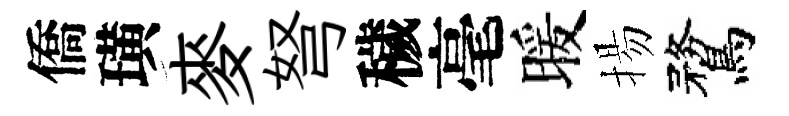
僑璜麥弩穢毫暖揚鶩